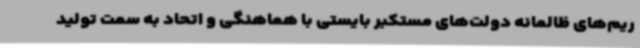
ریم‌های ظالمانه دولت‌های مستکبر بایستی با هماهنگی و اتحاد به سمت تولید